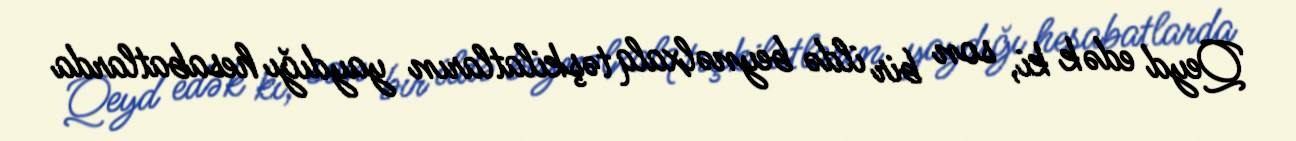
Qeyd edək ki, son bir ildə beynəlxalq təşkilatların yaydığı hesabatlarda